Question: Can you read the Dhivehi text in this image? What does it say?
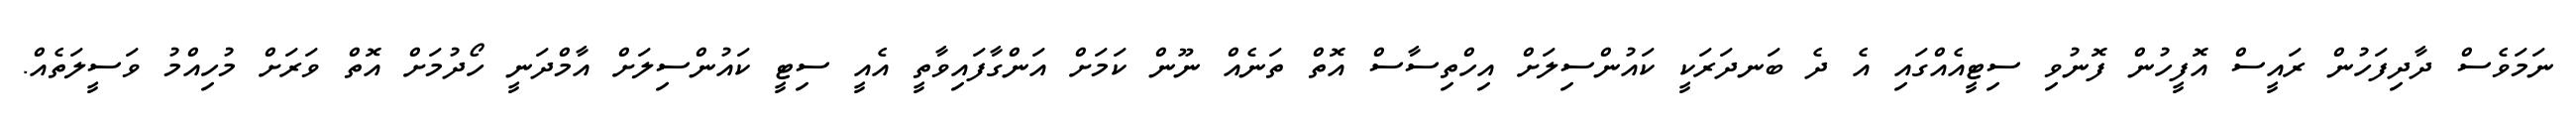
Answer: ނަމަވެސް ދާދިފަހުން ރައީސް އޮފީހުން ފޮނުވި ސިޓީއެއްގައި އެ ދެ ބަނދަރަކީ ކައުންސިލަށް އިހްތިސާސް އޮތް ތަނެއް ނޫން ކަމަށް އަންގާފައިވާތީ އެއީ ސިޓީ ކައުންސިލަށް އާމްދަނީ ހޯދުމަށް އޮތް ވަރަށް މުހިއްމު ވަސީލަތެއް.